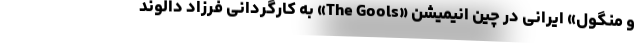
و منگول» ایرانی در چین انیمیشن «The Gools» به کارگردانی فرزاد دالوند